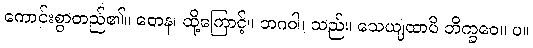
ကောင်းစွာတည်၏။ တေန၊ ထို့ကြောင့်။ ဘဂဝါ၊ သည်။ သေယျထာပိ ဘိက္ခဝေ။ ပ။